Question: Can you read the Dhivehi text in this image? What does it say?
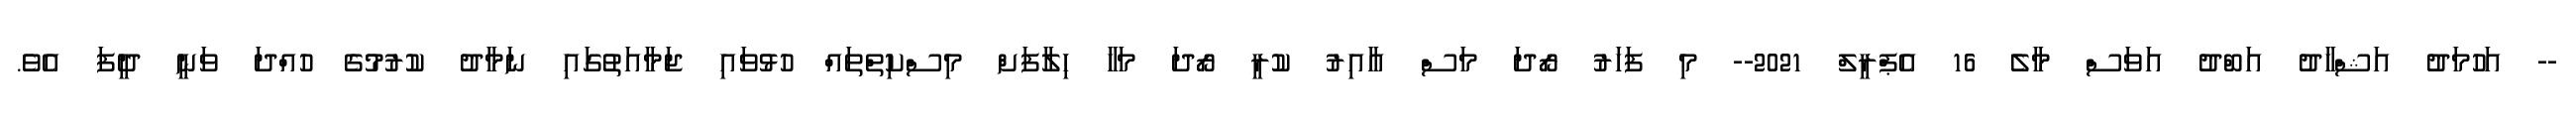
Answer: -- އަހުމަދު އަޝްހާދު އަބްދު އަވަސް މާލެ 16 އެޕްރީލް 2021-- މި ފަހަރު ރޯދަ މަސް އާއިރު ކުރީ ރޯދަ މަހާ ހިލާފަށް މިސްކިތްތައް ހުޅުވައި ޖަމާއަތުގައި ނަމާދު ކުރުމުގެ ހުއްދަ ވަނީ ދީފަ އެވެ.